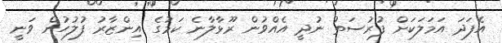
އެފަދަ އަމަލަކަށް ފުރުސަތު ނުދީ އެއްވުން ރޫޅާލާނެ ކަމުގެ އިންޒާރު ފުލުހުން ވަނީ